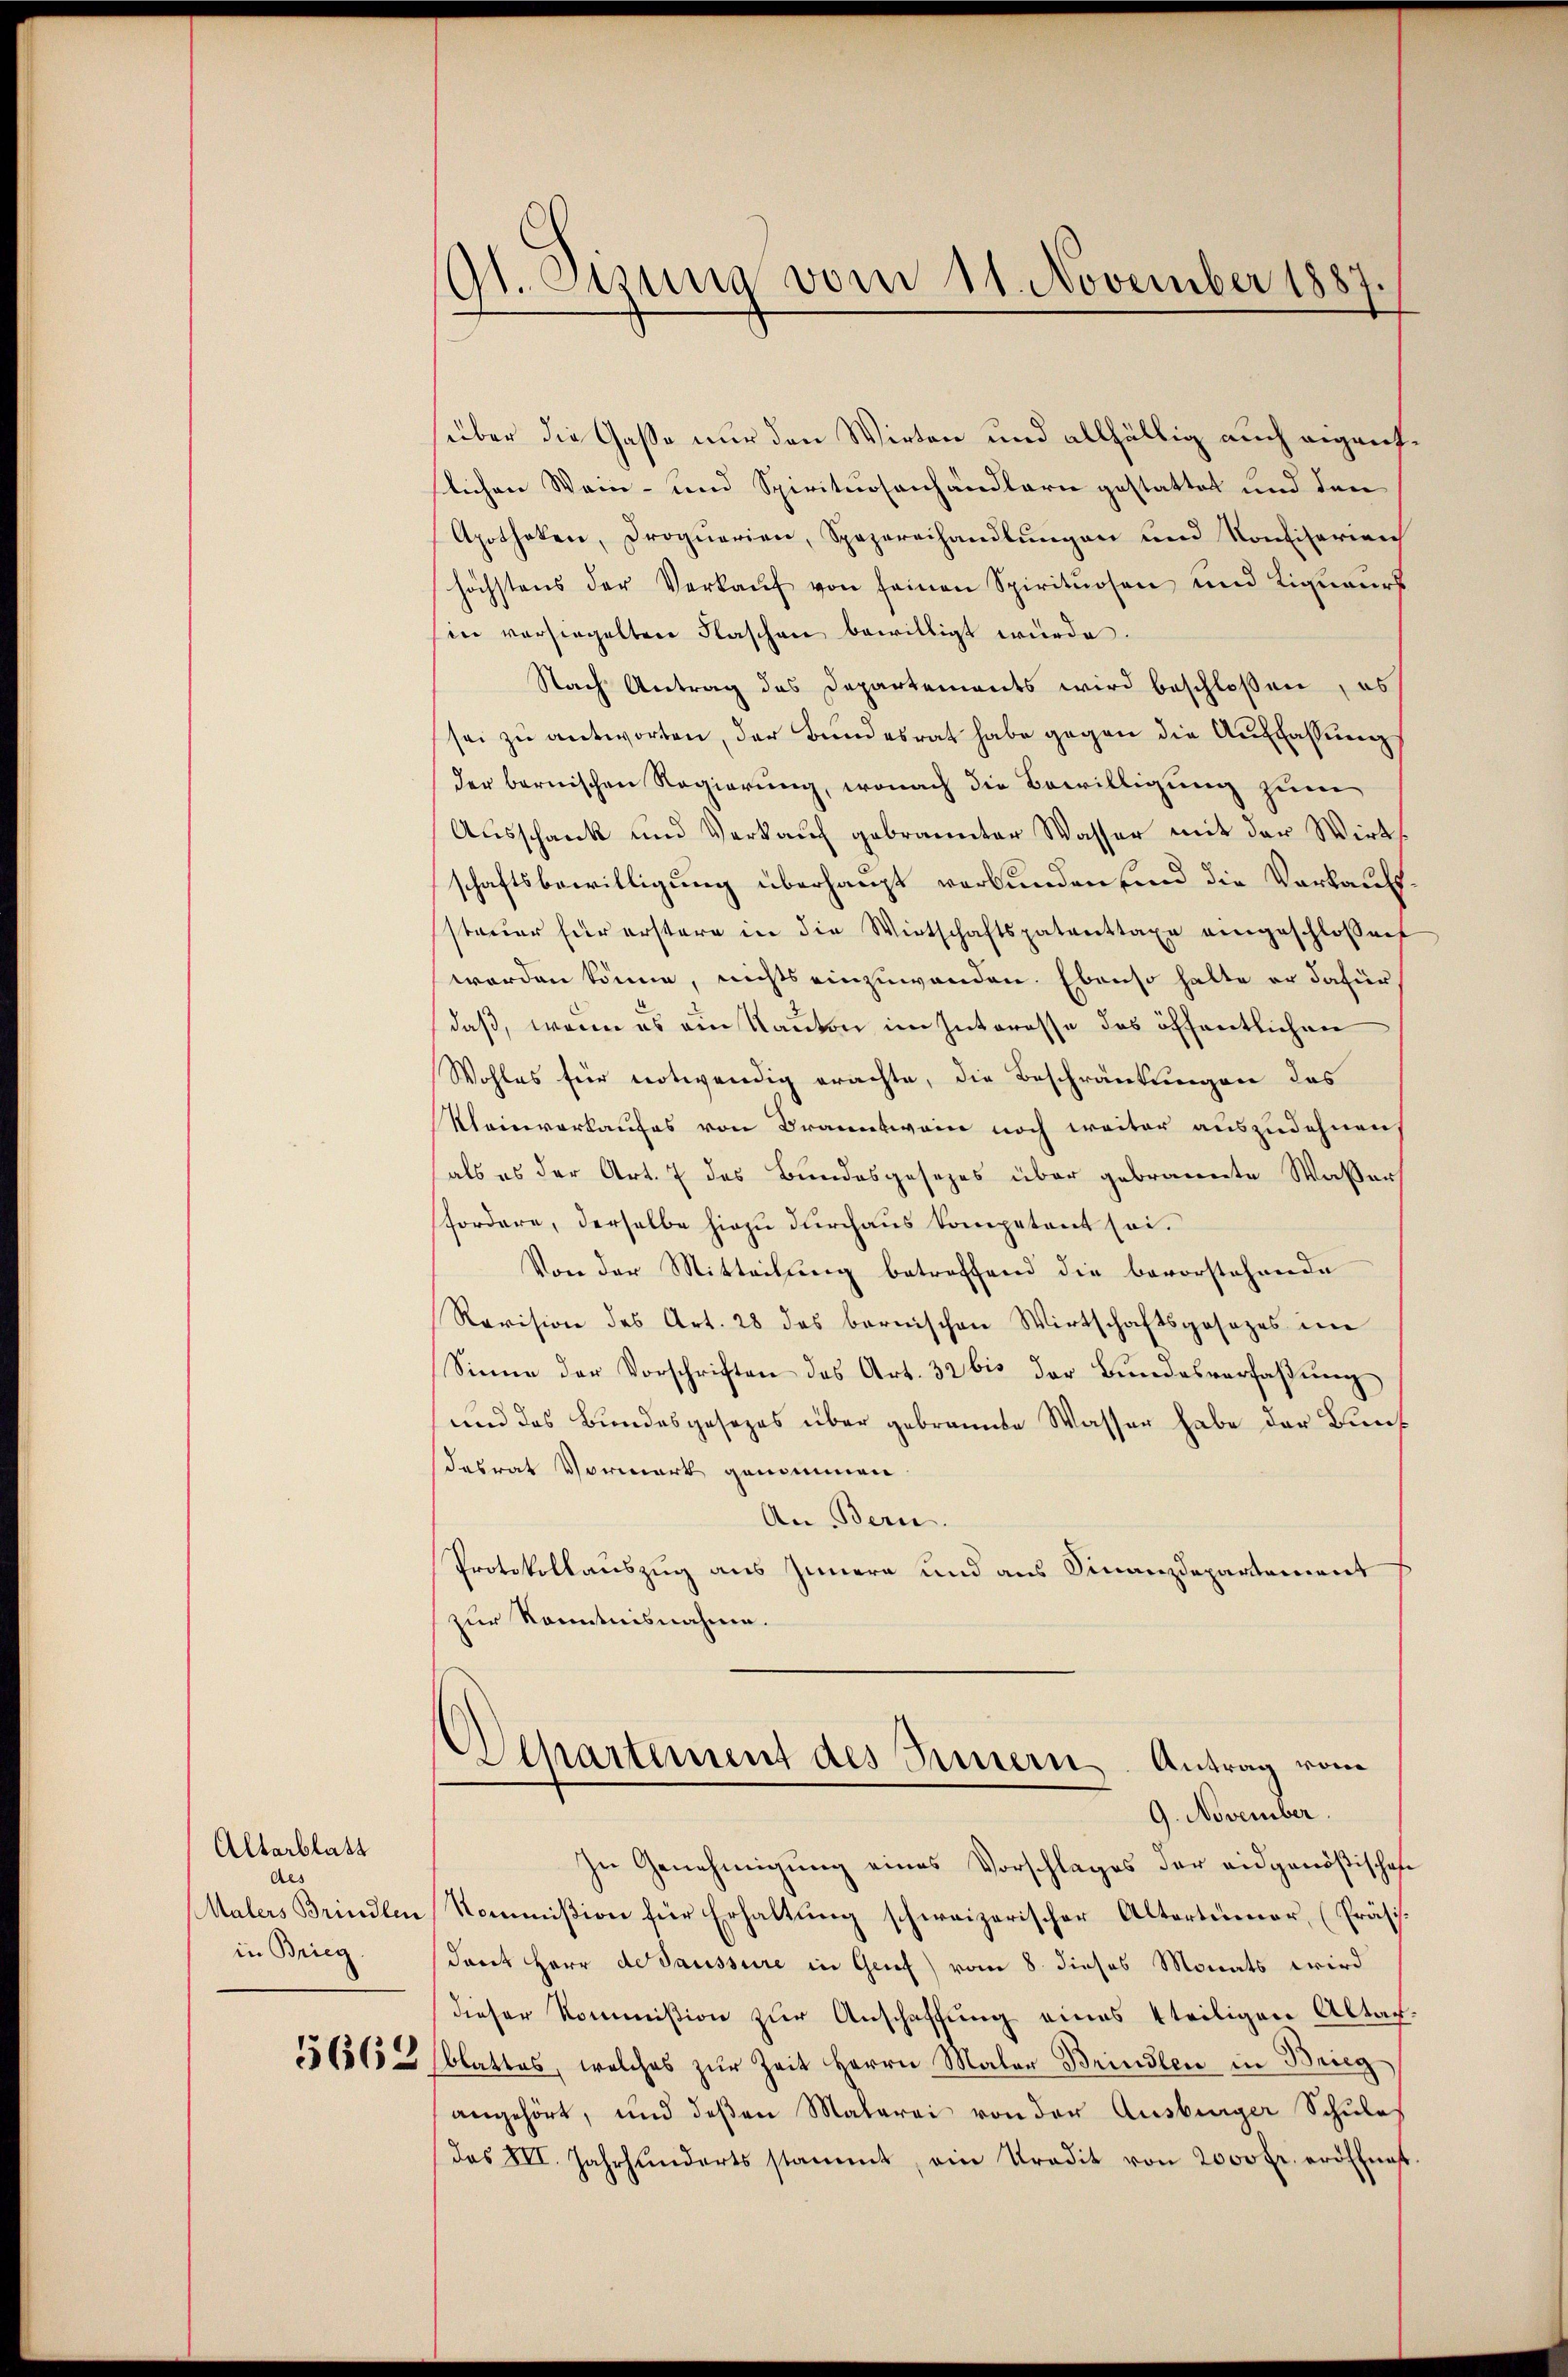
Altarblatt
des
Malers Brindlen
in Brieg.

9t. Otzung vom 11. November 1887

über die Gaße nur den Wirten und allfällig auch eigentslichen Wein- und Spirituosenhändlern gestattet und den
Apotheken, Proquerien, Spezereihandlungen und Konfiserien
höchstens der Verkaŭf von seinen Spirituosen und Lignaŭrs
in versiegelten Flaschen bewilligt wurde.
Nach Antrag des Departements wird beschloßen, es
sei zu antworten, der Bundesrat habe gegen die Auffassung
der bernischen Regierung, wonach die Bewilligung zum
Ausschank und Verkauf gebrannter Wasser mit der Wirt
schaftsbewilligung überhaupt verbunden sind die Verkaufssteuer für erstere in die Wirtschaftspatenttaxe eingeschlossen
worden könne, nichts einzuwenden. Ebenso halte er dafür
daß, wenn es am Kanton im Interesse des öffentlichen
Wohles für notwendig erachte, die Beschränkungen das
Kleinverkaufes von Branntwein noch weiter auszudehnen
als es der Art. 7 des Bundesgesezes über gebrannte Wasser
fordere, derselbe hiezu durchaus kompetent sei.
Von der Mitteilung betreffend die bevorstehende
Revision des Art. 28 das bernischen Wirtschaftsgesezes im
Sinne der Vorschriften des Art. 32 bis der Bundesverfaßung
und das Bundesgesezes über gebrannte Wasser habe der Bunf
desrat Vormerk genommen.
An Bern
Protokollauszug aus Innern und aus Finanzdepartement
zur Kenntnisnahme.
Departement des Innern Antrag vom
9. November.
In Genehmigung eines Vorschlages der eidgenößisches
Kommißion für Erhaltung schweizerischer Altertümer, (Präsidant Herr desaussure in Genf) vom 8. dieses Monats wird
dieser Kommißion zur Anschaffung eines steiligen Altar¬
156565 blattes, welches zŭr Zeit Herrn Maler Brindlen in Brieg
angehört, und deßen Malerei von der Ausbürger Schules
des XII. Jahrhunderts stammt, ein Tradit von 2000 fr. eröffnet